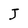
Character: J